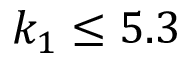
k _ { 1 } \leq 5 . 3